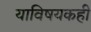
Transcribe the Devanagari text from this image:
याविषयकही